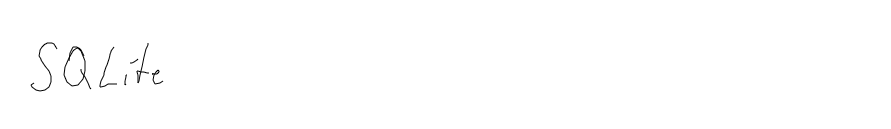
SQLite